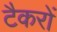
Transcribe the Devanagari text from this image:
टैकरों